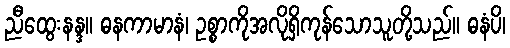
ညီထွေးနန္ဒ။ ဓနကာမာနံ၊ ဥစ္စာကိုအလိုရှိကုန်သောသူတို့သည်။ ဓနံပိ၊